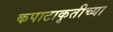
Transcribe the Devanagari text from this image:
कपाटाकृतीच्या